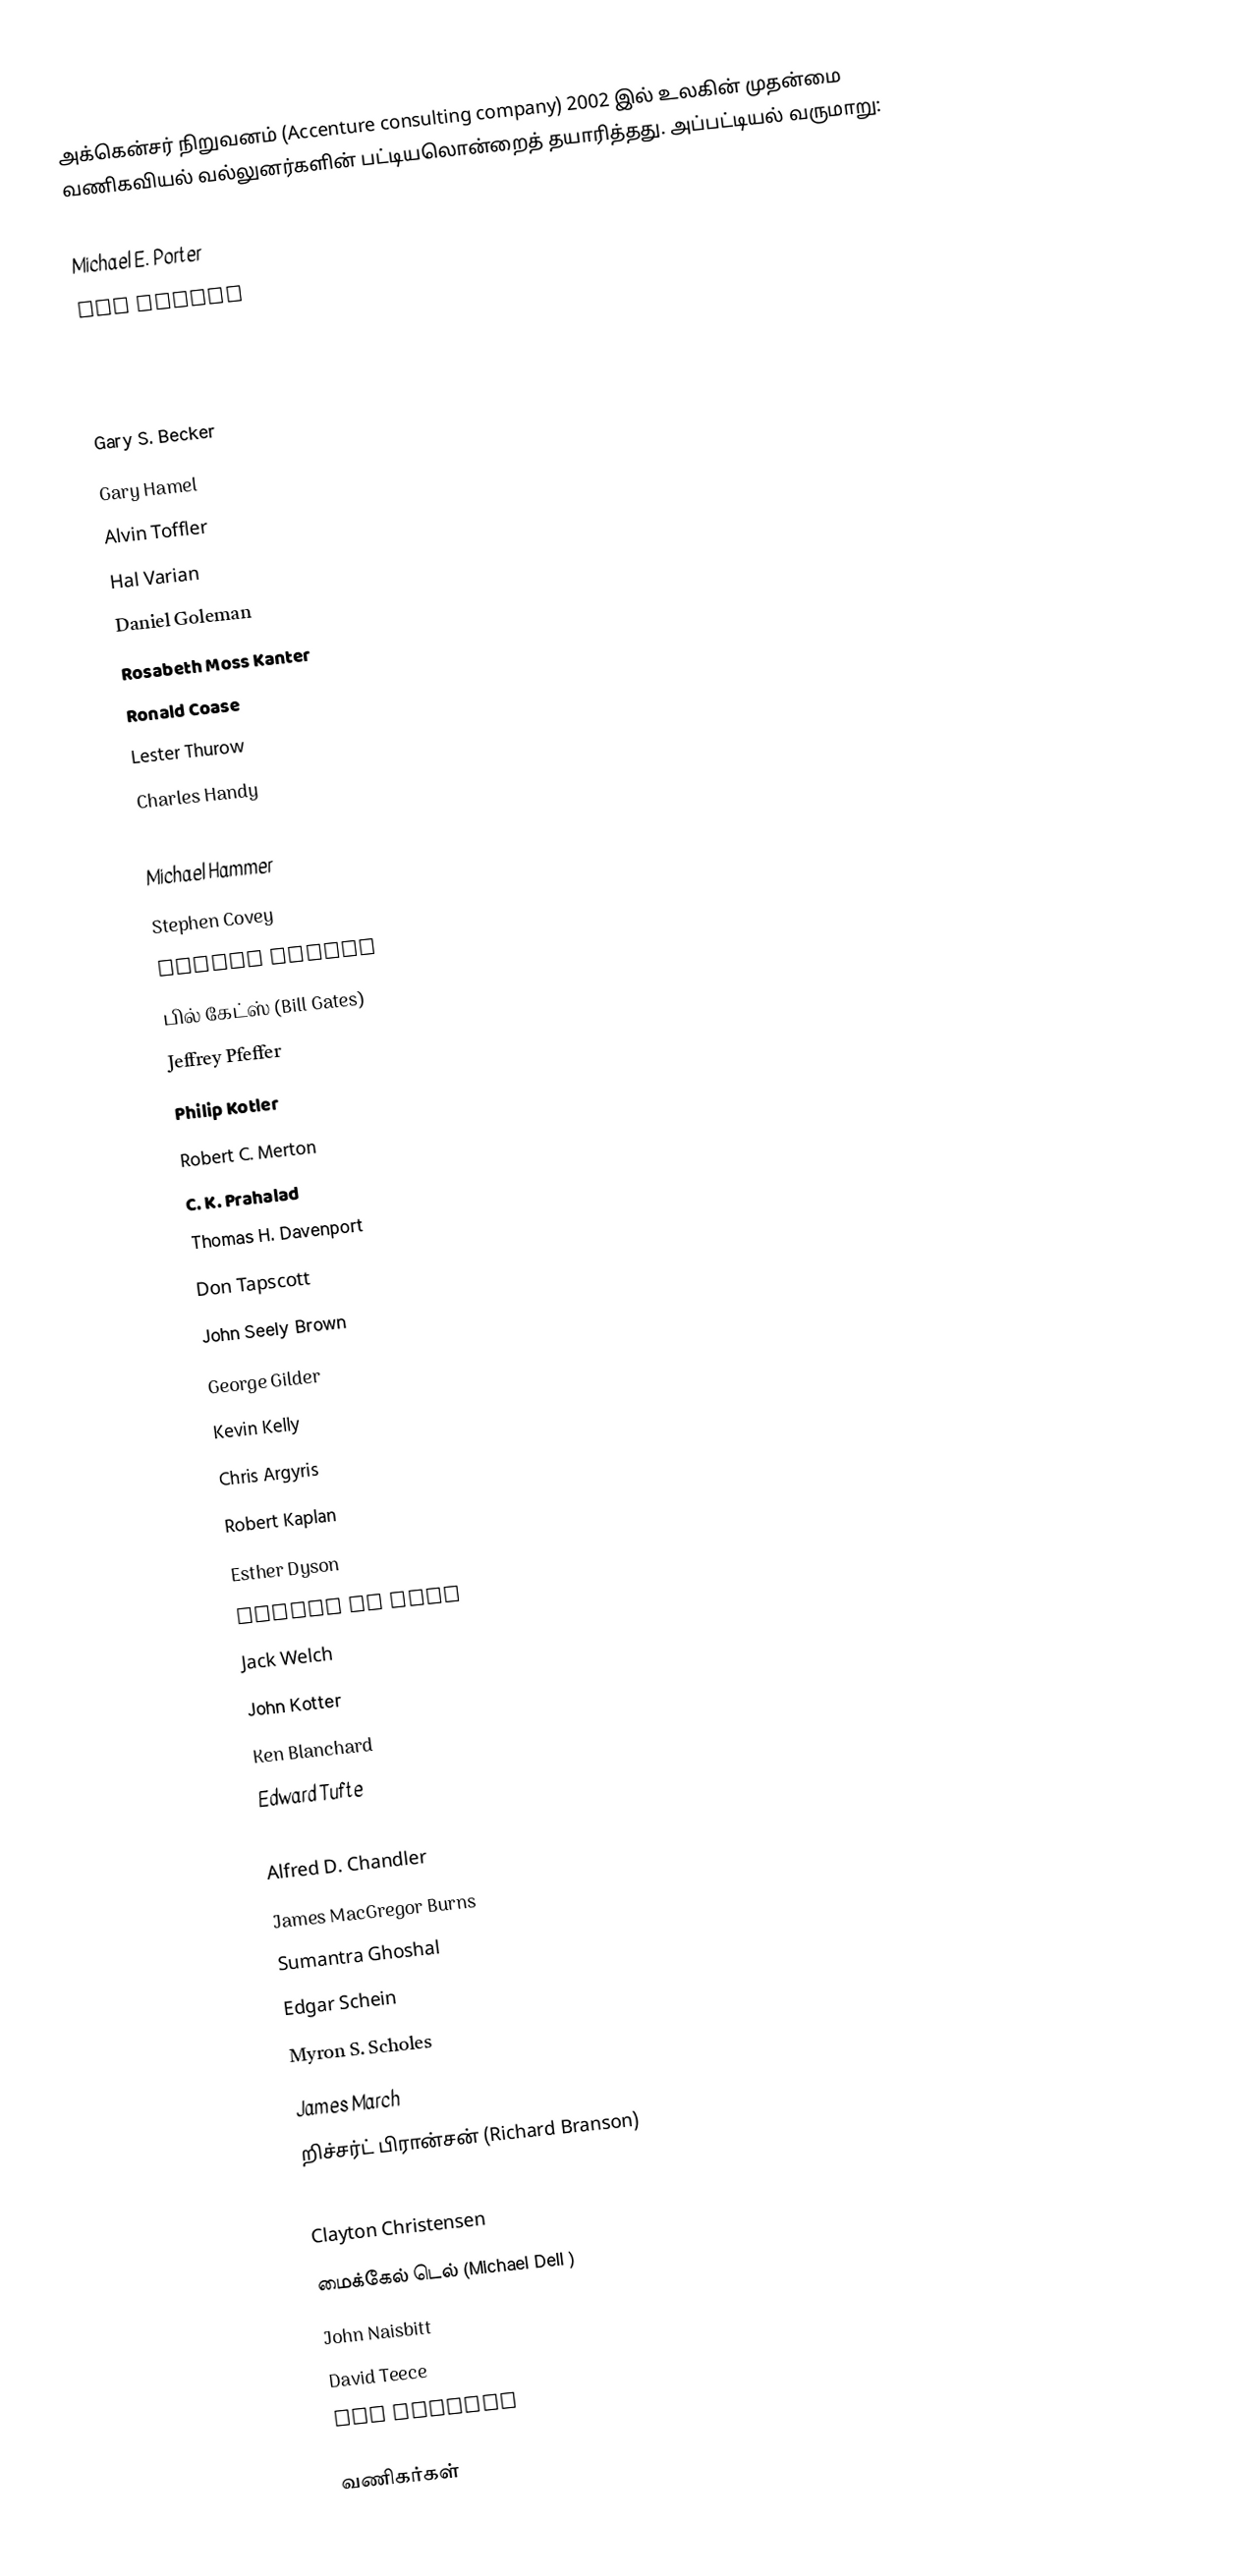
அக்கென்சர் நிறுவனம் (Accenture consulting company) 2002 இல் உலகின் முதன்மை வணிகவியல் வல்லுனர்களின் பட்டியலொன்றைத் தயாரித்தது. அப்பட்டியல் வருமாறு:

 Michael E. Porter
 Tom Peters
 Robert Reich
 Peter Drucker
 Peter Senge
 Gary S. Becker
 Gary Hamel
 Alvin Toffler
 Hal Varian
 Daniel Goleman
 Rosabeth Moss Kanter
 Ronald Coase
 Lester Thurow
 Charles Handy
 Henry Mintzberg
 Michael Hammer
 Stephen Covey
 Warren Bennis
 பில் கேட்ஸ் (Bill Gates)
 Jeffrey Pfeffer
 Philip Kotler
 Robert C. Merton
 C. K. Prahalad
 Thomas H. Davenport
 Don Tapscott
 John Seely Brown
 George Gilder
 Kevin Kelly
 Chris Argyris
 Robert Kaplan
 Esther Dyson
 Edward de Bono
 Jack Welch
 John Kotter
 Ken Blanchard
 Edward Tufte
 Kenichi Ohmae
 Alfred D. Chandler
 James MacGregor Burns
 Sumantra Ghoshal
 Edgar Schein
 Myron S. Scholes
 James March
 றிச்சர்ட் பிரான்சன் (Richard Branson)
 Anthony Robbins
 Clayton Christensen
 மைக்கேல் டெல் (Michael Dell )
 John Naisbitt
 David Teece
 Don Peppers

வணிகர்கள்